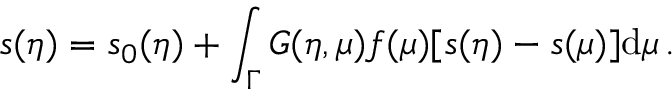
s ( \eta ) = s _ { 0 } ( \eta ) + \int _ { \Gamma } G ( \eta , \mu ) f ( \mu ) [ s ( \eta ) - s ( \mu ) ] \mathrm { d } \mu \, .